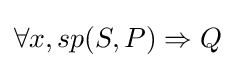
\forall x,sp(S,P)\Rightarrow Q